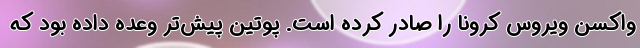
واکسن ویروس کرونا را صادر کرده است. پوتین پیش‌تر وعده داده بود که